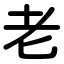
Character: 老